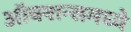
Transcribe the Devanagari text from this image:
ऑक्शन्समध्ये